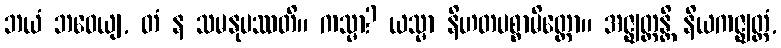
ဘယံ ဘဝေယျ, တံ န သမနုပဿတိ။ ကသ္မာ? ယသ္မာ နိဟတပစ္စာမိတ္တော။ အဇ္ဈတ္တန္တိ နိယကဇ္ဈတ္တံ,